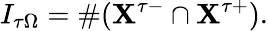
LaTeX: I_{\tau\Omega}=\# (\mathbf{X}^{\tau-}\cap\mathbf{X}^{\tau+}).